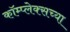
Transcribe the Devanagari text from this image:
कॉम्प्लेक्सच्या